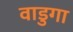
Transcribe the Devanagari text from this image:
वाडुगा